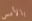
بالأمس